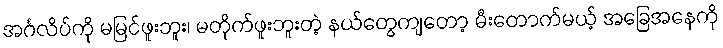
အင်္ဂလိပ်ကို မမြင်ဖူးဘူး၊ မတိုက်ဖူးဘူးတဲ့ နယ်တွေကျတော့ မီးတောက်မယ့် အခြေအနေကို